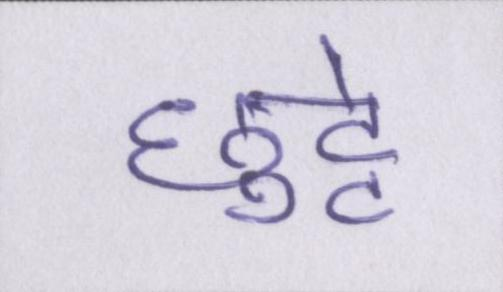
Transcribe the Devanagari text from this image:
छुट्टे